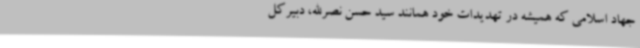
جهاد اسلامی که همیشه در تهدیدات خود همانند سید حسن نصرالله، دبیرکل